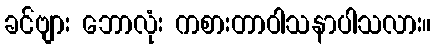
ခင်ဗျား ဘောလုံး ကစားတာဝါသနာပါသလား။